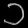
Digit: ၁